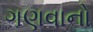
ગણવાનો